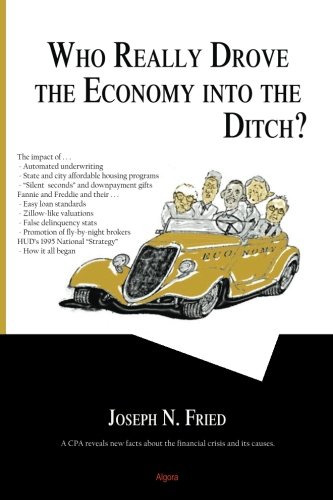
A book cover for Who Really Drove the Economy Into the Ditch?; Joseph N Fried; Business & Money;